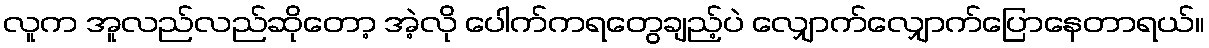
လူက အူလည်လည်ဆိုတော့ အဲ့လို ပေါက်ကရတွေချည့်ပဲ လျှောက်လျှောက်ပြောနေတာရယ်။